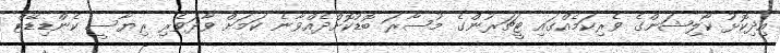
އިދިކޮޅު ކޯލިޝަންގެ ވެރިކަމެއްގައި ޓީޗަރުންގެ މުސާރަ ބޮޑުކޮށްދެއްވާނެ ކަމަށް ވާދަވެރި ރިޔާސީ ކެންޑިޑޭޓް